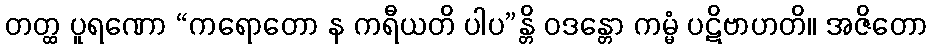
တတ္ထ ပူရဏော “ကရောတော န ကရီယတိ ပါပ”န္တိ ဝဒန္တော ကမ္မံ ပဋိဗာဟတိ။ အဇိတော